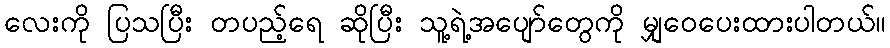
လေးကို ပြသပြီး တပည့်ရေ ဆိုပြီး သူ့ရဲ့အပျော်တွေကို မျှဝေပေးထားပါတယ်။